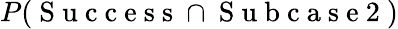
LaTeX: P(\mathrm{~S~u~c~c~e~s~s~}\cap\mathrm{~S~u~b~c~a~s~e~2~})